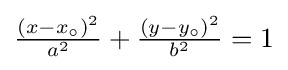
{\tfrac {\left(x-x_{\circ }\right)^{2}}{a^{2}}}+{\tfrac {\left(y-y_{\circ }\right)^{2}}{b^{2}}}=1